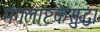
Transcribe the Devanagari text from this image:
मंगलाष्टकेसुद्धा